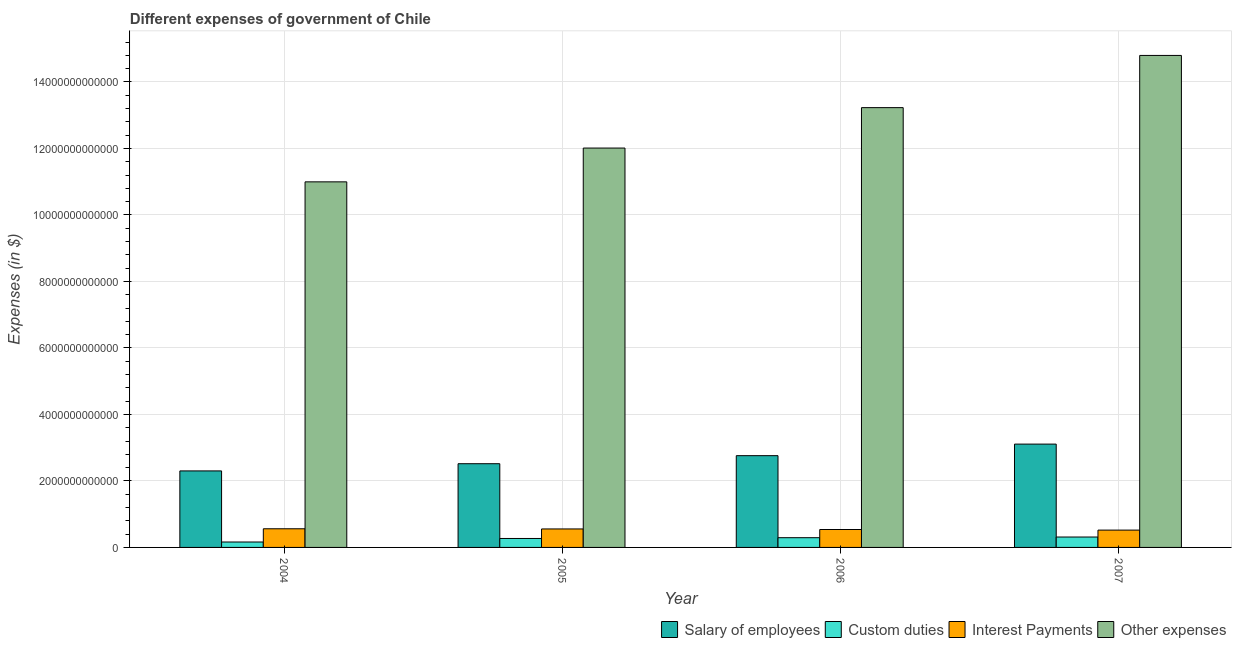
| Year | Salary of employees | Custom duties | Interest Payments | Other expenses |
 | --- | --- | --- | --- | --- |
 | 2004 | 2.3e+12 | 1.63e+11 | 5.61e+11 | 1.1e+13 |
 | 2005 | 2.52e+12 | 2.69e+11 | 5.56e+11 | 1.2e+13 |
 | 2006 | 2.76e+12 | 2.93e+11 | 5.39e+11 | 1.32e+13 |
 | 2007 | 3.11e+12 | 3.13e+11 | 5.21e+11 | 1.48e+13 |